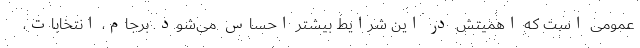
عمومی است که اهمیتش در این شرایط بیشتر احساس می‌شود. برجام، انتخابات،